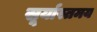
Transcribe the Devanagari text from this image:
सूर्यास्तमय